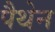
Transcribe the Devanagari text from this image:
पैथेन